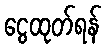
ငွေထုတ်ရန်